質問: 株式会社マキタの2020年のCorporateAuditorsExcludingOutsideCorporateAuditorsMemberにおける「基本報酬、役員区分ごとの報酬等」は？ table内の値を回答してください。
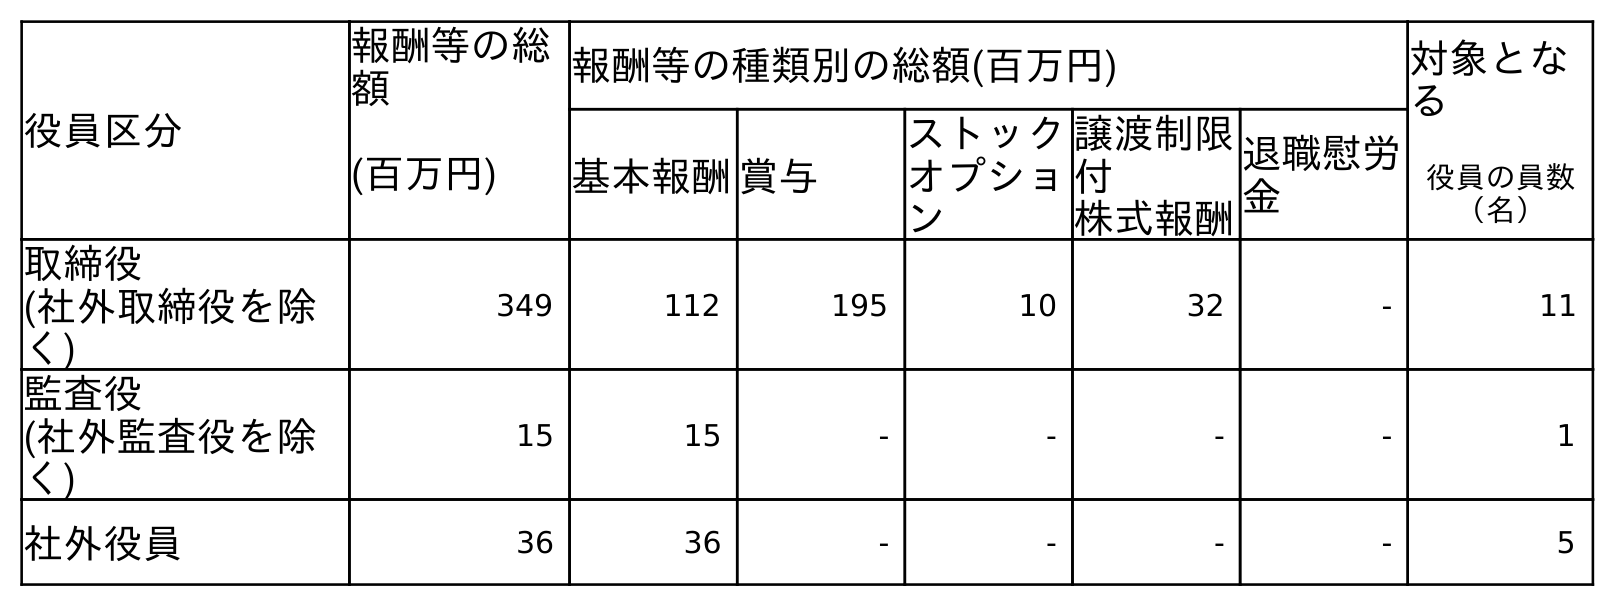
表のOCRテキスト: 役員区分 報酬等の総 額 報酬等の種類別の総額(百万円) 対象とな る 役員の員数 （名） (百万円) 基本報酬賞与 ストック オプショ ン 譲渡制限 付 株式報酬 退職慰労 金 取締役 (社外取締役を除 く) 349 112 195 10 32 - 11 監査役 (社外監査役を除 く) 15 15 - - - - 1 社外役員 36 36 - - - - 5
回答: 15